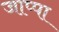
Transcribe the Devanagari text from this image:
जाप्पा